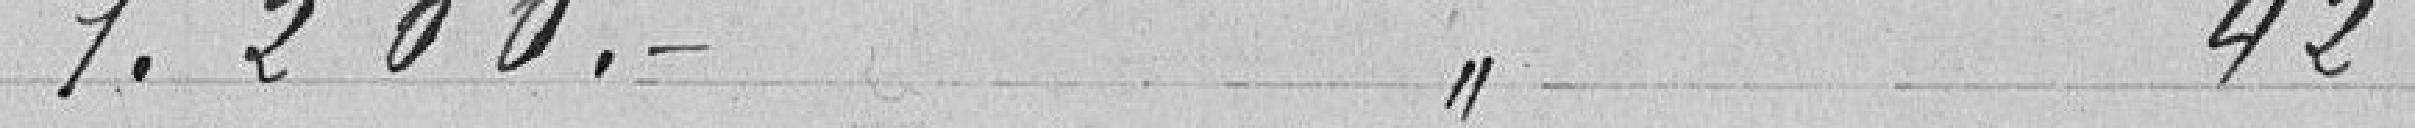
1.200. 42